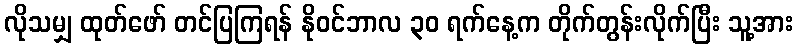
လိုသမျှ ထုတ်ဖော် တင်ပြကြရန် နိုဝင်ဘာလ ၃၀ ရက်နေ့က တိုက်တွန်းလိုက်ပြီး သူ့အား